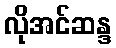
လိုအင်ဆန္ဒ